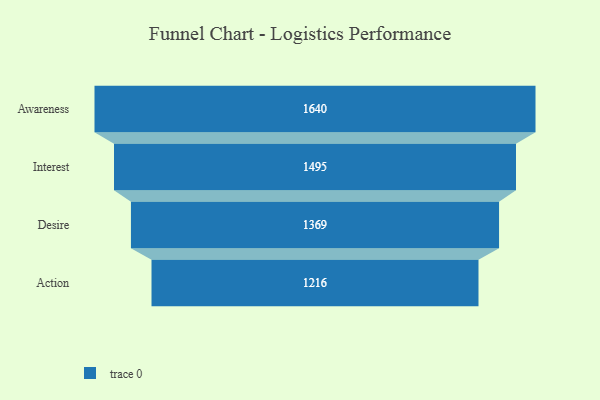
{"axis": {"x": "Stage", "y": "Value"}, "legend": [""], "data": [{"x": "Awareness", "y": 1640.0, "type": ""}, {"x": "Interest", "y": 1495.0, "type": ""}, {"x": "Desire", "y": 1369.0, "type": ""}, {"x": "Action", "y": 1216.0, "type": ""}]}